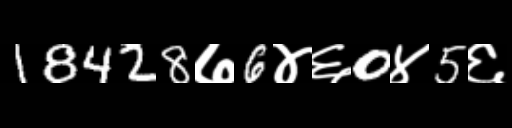
Text: 18428७6४६0४5६